Report on the working of the Ranchi Indian Mental Hospital, Kanke, in Bihar and Orissa - 1930-1940
Year: 1930
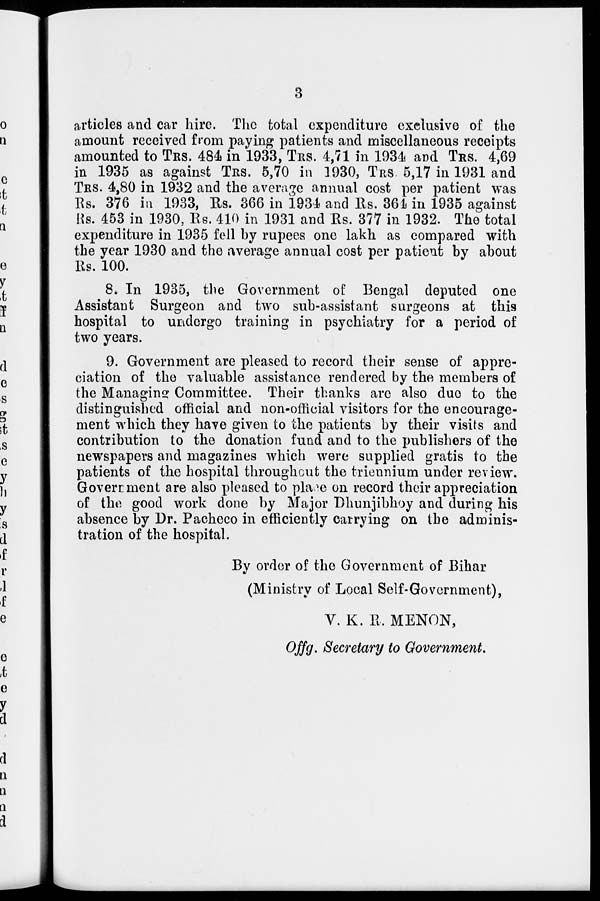
3
articles and car hire. The total expenditure exclusive of the
amount received from paying patients and miscellaneous receipts
amounted to TRS. 484 in 1933, TRS. 4,71 in 1934 and TRS. 4,69
in 1935 as against TRS. 5,70 in 1930, TRS. 5,17 in 1931 and
TRS. 4,80 in 1932 and the average annual cost per patient was
Rs. 376 in 1933, Rs. 366 in 1934 and Rs. 364 in 1935 against
Rs. 453 in 1930, Rs. 410 in 1931 and Rs. 377 in 1932. The total
expenditure in 1935 fell by rupees one lakh as compared with
the year 1930 and the average annual cost per patient by about
Rs. 100.
8. In 1935, the Government of Bengal deputed one
Assistant Surgeon and two sub-assistant surgeons at this
hospital to undergo training in psychiatry for a period of
two years.
9. Government are pleased to record their sense of appre-
ciation of the valuable assistance rendered by the members of
the Managing Committee. Their thanks are also due to the
distinguished official and non-official visitors for the encourage-
ment which they have given to the patients by their visits and
contribution to the donation fund and to the publishers of the
newspapers and magazines which were supplied gratis to the
patients of the hospital throughout the triennium under review.
Government are also pleased to place on record their appreciation
of the good work done by Major Dhunjibhoy and during his
absence by Dr. Pacheco in efficiently carrying on the adminis-
tration of the hospital.
By order of the Government of Bihar
(Ministry of Local Self-Government),
V. K. R. MENON,
Offg. Secretary to Government.